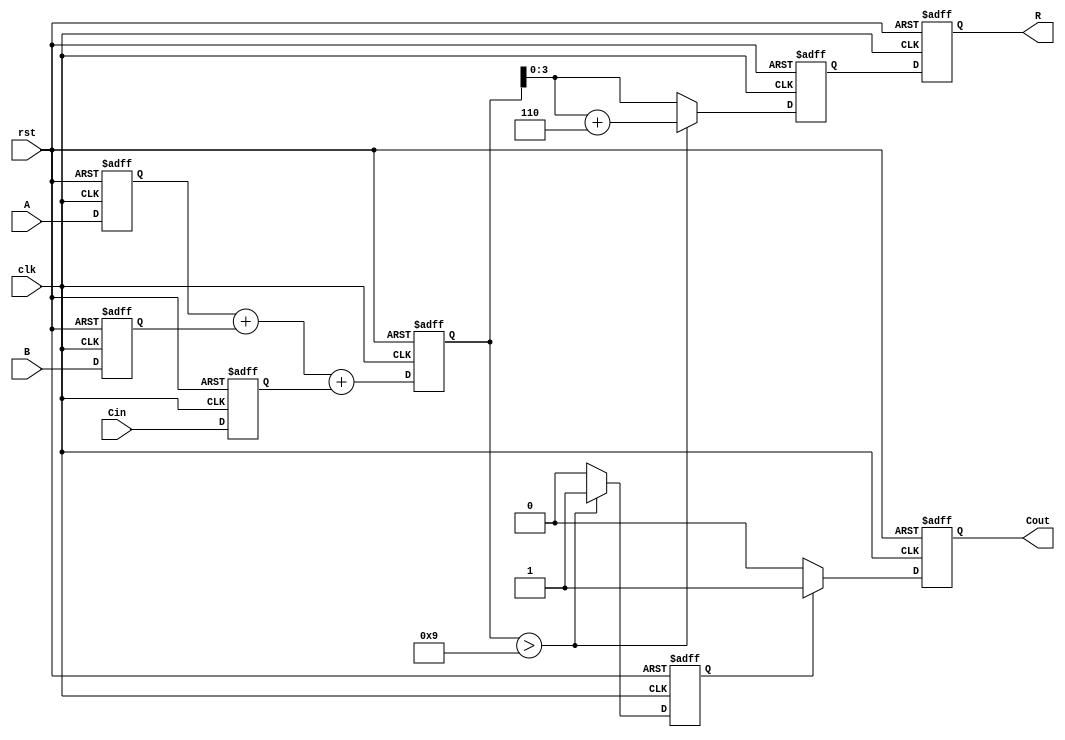
module BCD_Pipelined_Adder (
    input wire clk,
    input wire rst,
    input wire [3:0] A, // BCD digit A
    input wire [3:0] B, // BCD digit B
    input wire Cin,      // Carry input
    output reg [3:0] R,  // BCD Result
    output reg Cout      // Carry output
);

    // Internal signals
    reg [4:0] sum;       // 5-bit sum for A + B + Cin
    reg [4:0] corrected_sum; // Corrected sum after BCD adjustment
    reg correction_needed; // Flag to determine if correction is needed

    // Stage 1: Input Stage (Registers to hold inputs)
    reg [3:0] A_reg, B_reg;
    reg Cin_reg;

    // Stage 2: Adder Stage
    always @(posedge clk or posedge rst) begin
        if (rst) begin
            A_reg <= 4'b0000;
            B_reg <= 4'b0000;
            Cin_reg <= 1'b0;
        end else begin
            A_reg <= A;
            B_reg <= B;
            Cin_reg <= Cin;
        end
    end

    // Stage 3: Computation Stage (Binary addition)
    always @(posedge clk or posedge rst) begin
        if (rst) begin
            sum <= 5'b00000;
        end else begin
            sum <= A_reg + B_reg + Cin_reg;
        end
    end

    // Stage 4: BCD Correction Logic
    always @(posedge clk or posedge rst) begin
        if (rst) begin
            corrected_sum <= 5'b00000;
            correction_needed <= 1'b0;
        end else begin
            // Check if correction is needed (sum > 9)
            if (sum > 5'b01001) begin
                correction_needed <= 1'b1;
                corrected_sum <= sum + 5'b00110; // Add 6 (0110 in binary)
            end else begin
                correction_needed <= 1'b0;
                corrected_sum <= sum;
            end
        end
    end

    // Stage 5: Output Stage
    always @(posedge clk or posedge rst) begin
        if (rst) begin
            R <= 4'b0000;
            Cout <= 1'b0;
        end else begin
            R <= corrected_sum[3:0]; // Take the lower 4 bits as result
            Cout <= correction_needed ? 1'b1 : 1'b0; // Set Cout if correction was needed
        end
    end

endmodule